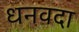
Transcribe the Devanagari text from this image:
धनवदा